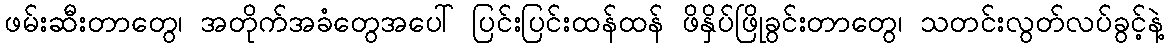
ဖမ်းဆီးတာတွေ၊ အတိုက်အခံတွေအပေါ် ပြင်းပြင်းထန်ထန် ဖိနှိပ်ဖြိုခွင်းတာတွေ၊ သတင်းလွတ်လပ်ခွင့်နဲ့